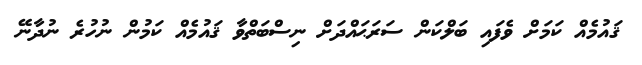
ޤައުމެއް ކަމަށް ވެފައި ބަލްކަން ސަރަޙައްދަށް ނިސްބަތްވާ ޤައުމެއް ކަމުން ނުހުރެ ނުދާނޭ